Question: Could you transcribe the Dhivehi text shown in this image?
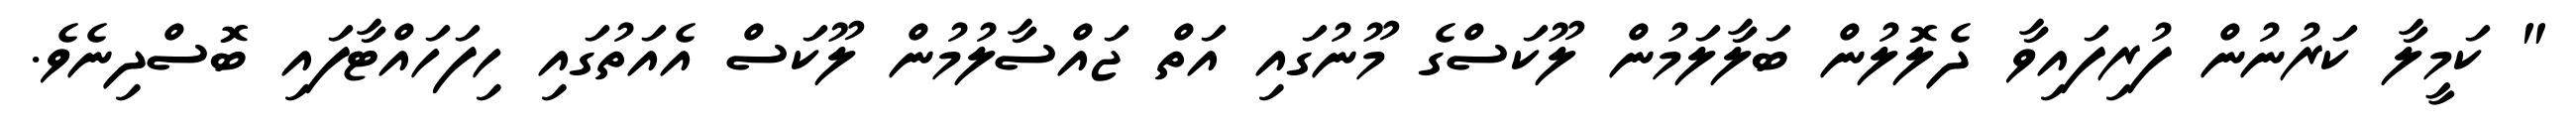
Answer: " ކަމީލާ ކަރުނުން ފުރިފައިވާ ދެލޮލުން ބަލާލަމުން ލޫކަސްގެ މޫނުގައި އަތް ޖައްސާލުމުން ލޫކަސް އެއަތުގައި ހިފަހައްޓާފައި ބޮސްދިނެވެ.